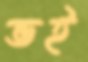
ভই